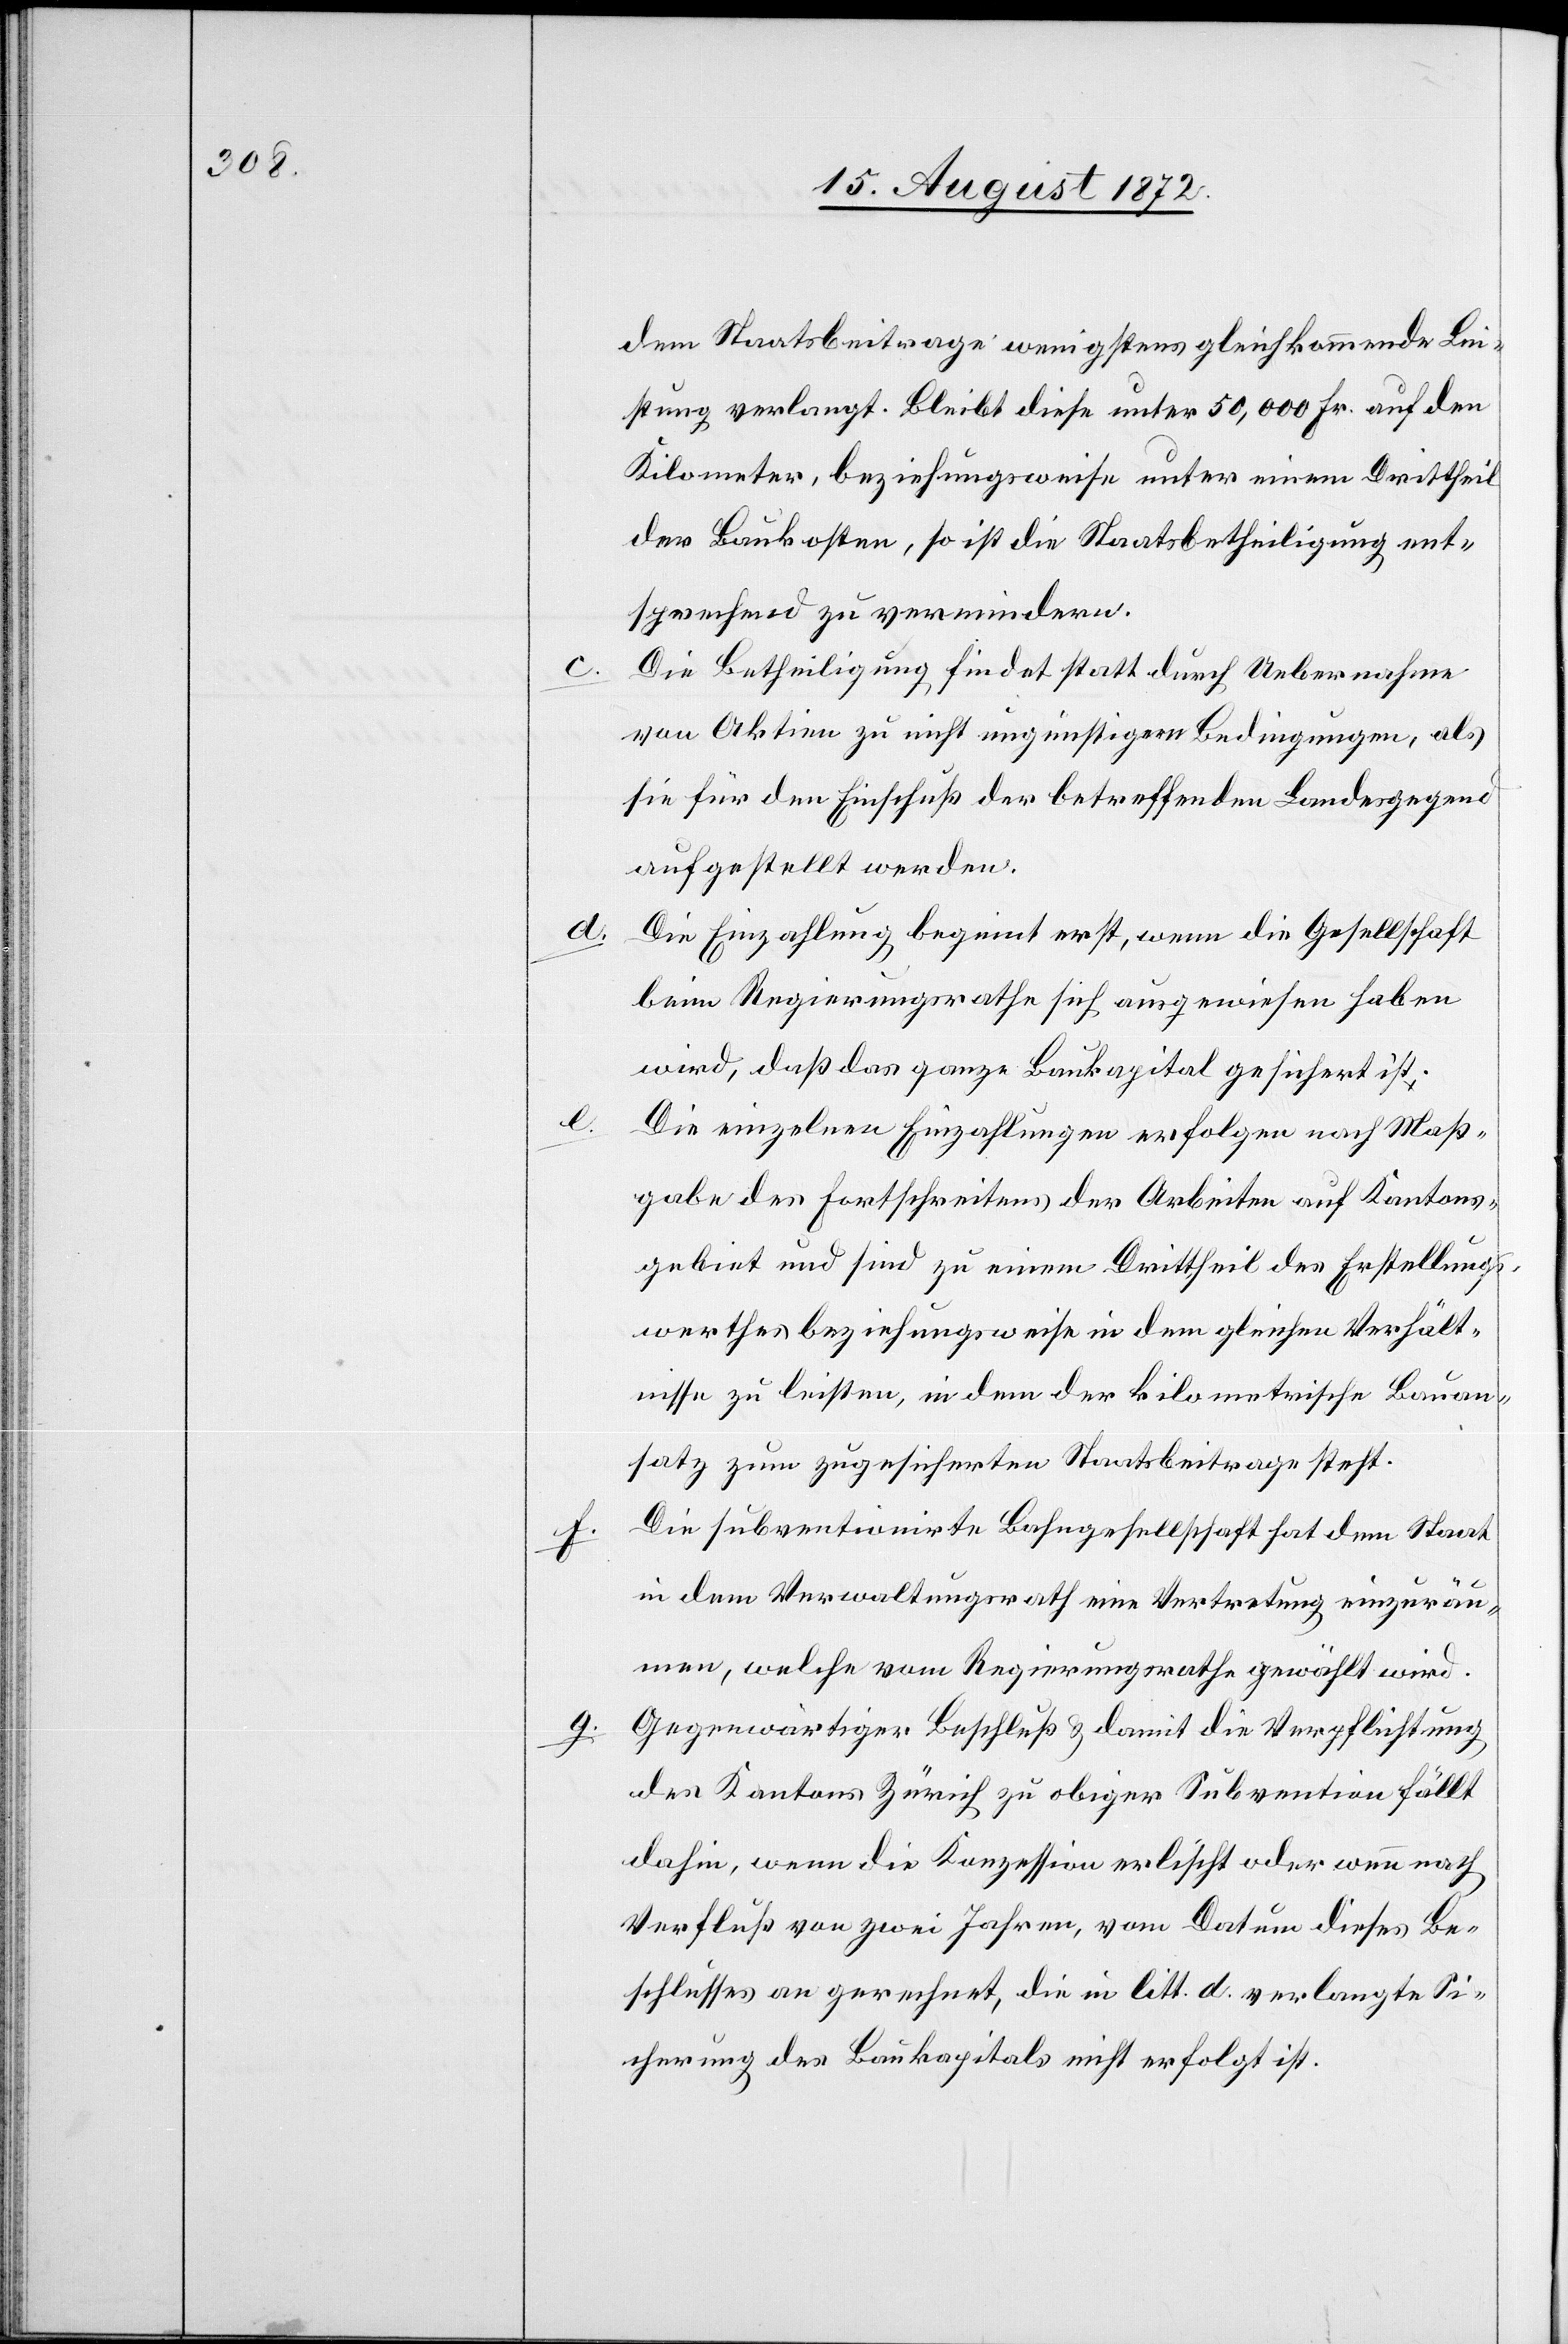
d.

f.

e.

dem Staatsbeitrage wenigstens gleichkommende Lei¬
stung verlangt. Bleibt diese unter 50,000 Fr. auf den
Kilometer, beziehungsweise unter einem Drittheil
der Baukosten, so ist die Staatsbetheiligung ent¬
sprechend zu vermindern.
Die Betheiligung findet statt durch Uebernahme
von Aktien zu nicht ungünstigen Bedingungen, als
sie für den Einschuß der betreffenden Landesgegend
aufgestellt werden.
Die Einzahlung beginnt erst, wenn die Gesellschaft
beim Regierungsrathe sich ausgewiesen haben
wird, daß das ganze Baukapital gesichert ist;
Die einzelnen Einzahlungen erfolgen nach Maß¬
gabe des Fortschreitens der Arbeiten auf Kantons¬
gebiet und sind zu einem Drittheil des Erstellungs¬
werthes beziehungsweise in dem gleichen Verhält¬
nisse zu leisten, in dem der kilometrische Bauan¬
satz zum zugesicherten Staatsbeitrage steht.
Die subventionirte Bahngesellschaft hat dem Staat
in dem Verwaltungsrath eine Vertretung einzuräu¬
men, welche vom Regierungsrathe gewählt wird.
Gegenwärtiger Beschluß u. damit die Verpflichtung
des Kantons Zürich zu obiger Subvention fällt
dahin, wenn die Konzession erlischt oder wenn nach
Verfluß von zwei Jahren, vom Datum dieses Be¬
schlusses an gerechnet, die in litt. d. verlangte Si¬
cherung des Baukapitals nicht erfolgt ist.